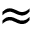
\approx